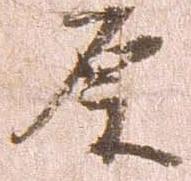
原